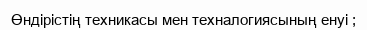
Өндірістің техникасы мен техналогиясының енуі ;